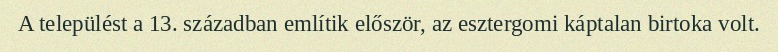
A települést a 13. században említik először, az esztergomi káptalan birtoka volt.